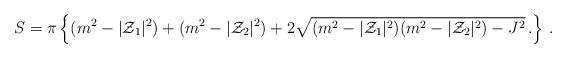
LaTeX: \begin{align*}S=\pi \left\{ (m^{2}-|{\cal Z}_{1}|^{2})+ (m^{2}-|{\cal Z}_{2}|^{2})+ 2\sqrt{(m^{2}-|{\cal Z}_{1}|^{2})(m^{2}-|{\cal Z}_{2}|^{2}) -J^{2}}\, .\right\}\, .\end{align*}